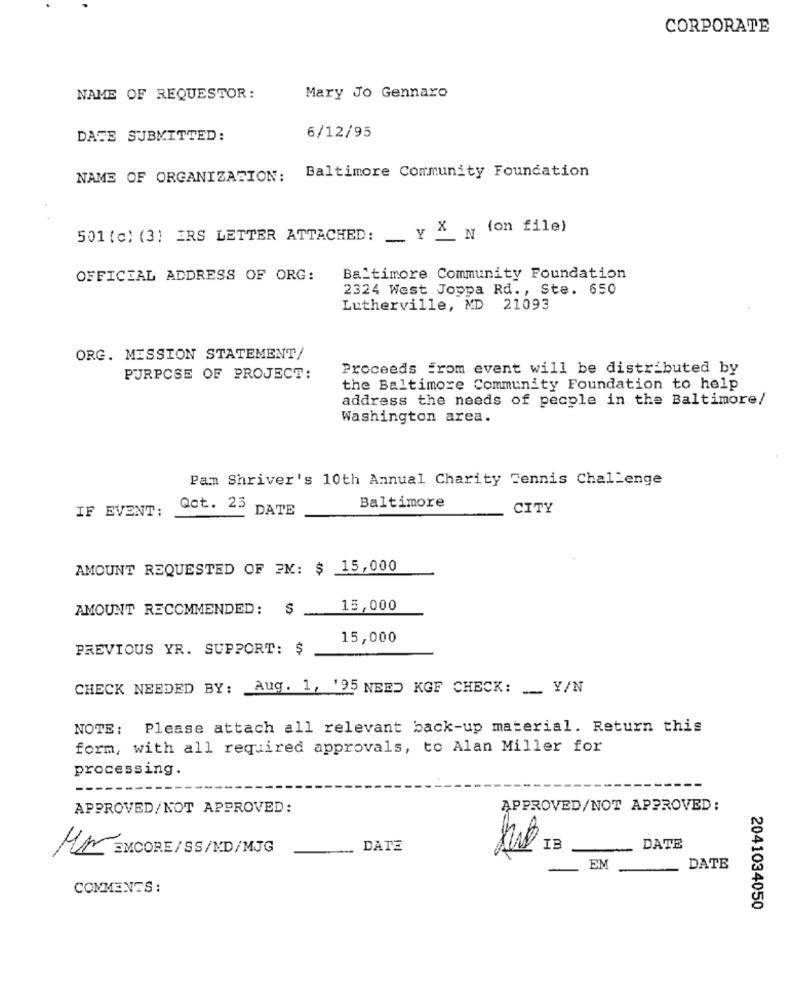
CORPORATE
NAME OF REQUESTOR:
Mary Jo Gennaro
6/12/95
DATE SUBMITTED:
Baltimore Community Foundation
NAME OF ORGANIZATION:
501 (c) (3) ERS LETTER ATTACHED: __ Y " N (on file)
OFFICIAL ADDRESS OF ORG:
Baltimore Community Foundation
2324 West Joppa Rd ., Ste. 650
Lutherville, MD 21093
ORG. MISSION STATEMENT/
Proceeds from event will be distributed by
PURPOSE OF PROJECT:
the Baltimore Community Foundation to help
address the needs of people in the Baltimore/
Washington area.
Pam Shriver's 10th Annual Charity Tennis Challenge
Baltimore
IF EVENT:
Qct. 23
DATE
CITY
AMOUNT REQUESTED OF EM: $ 15,000
AMOUNT RECOMMENDED:
15,000
15,000
PREVIOUS YR. SUPPORT: $
CHECK NEEDED BY: Aug. 1, '95 NEED KGF CHECK: __ Y/N
NOTE: Please attach all relevant back-up material. Return this
form, with all required approvals, to Alan Miller for
processing.
APPROVED/NOT APPROVED:
APPROVED/NOT APPROVED :
MA ENCORE/SS/ND/MJG
DATE
DATE
EM
DATE
COMMENTS:
2041034050